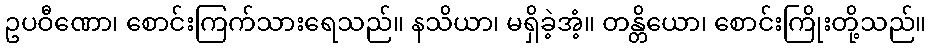
ဥပဝီဏော၊ စောင်းကြက်သားရေသည်။ နသိယာ၊ မရှိခဲ့အံ့။ တန္တိယော၊ စောင်းကြိုးတို့သည်။